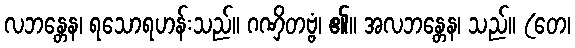
လဘန္တေန၊ ရသောရဟန်းသည်။ ဂဏှိတဗ္ဗံ၊ ၏။ အလဘန္တေန၊ သည်။ (တေ၊